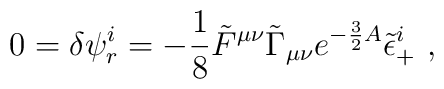
0=\delta \psi^i_{r}= -{1\over 8}\tilde F^{\mu\nu}\tilde\Gamma_{\mu\nu}e^{-{3\over 2}A}\tilde\epsilon_+^i\ ,